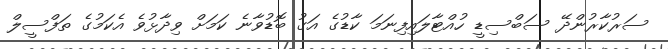
ސަރުކާރުންދޭ ސަބްސިޑީ ހުއްޓާލައިފިނަމަ ކާޑުގެ އަގު ބޮޑުވާނެ ކަމަށް ވިދާޅުވެ އެކަމުގެ ތަފްސީލް